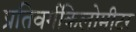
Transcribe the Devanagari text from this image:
प्रतिवर्गकिलोमीटर